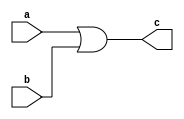
module or_gate(a,b,c);
	input a,b;
	output c;
	or(c,a,b);
endmodule